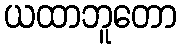
ယထာဘူတော